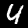
Digit: 4